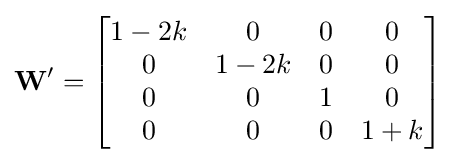
\mathbf {W'} ={\begin{bmatrix}1-2k&0&0&0\\0&1-2k&0&0\\0&0&1&0\\0&0&0&1+k\end{bmatrix}}